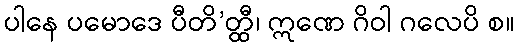
ပါနေ ပမောဒေ ပီတိ’တ္ထီ၊ ဣဏေ ဂိဝါ ဂလေပိ စ။